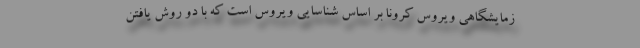
زمایشگاهی ویروس کرونا بر اساس شناسایی ویروس است که با دو روش یافتن